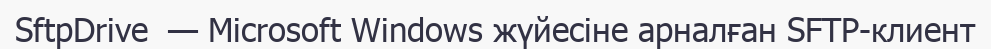
SftpDrive  — Microsoft Windows жүйесіне арналған SFTP-клиент